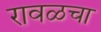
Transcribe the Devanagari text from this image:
रावळचा